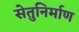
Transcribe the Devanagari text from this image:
सेतुनिर्माण